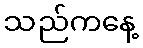
သည်ကနေ့